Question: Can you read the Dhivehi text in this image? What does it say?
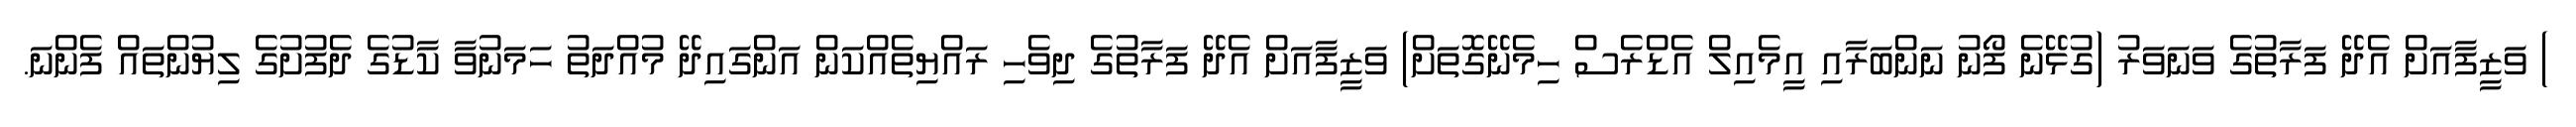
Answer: ) ވަޒީފާއަށް އެދޭ ފަރާތުގެ ވަނަވަރު (ގުޅޭނެ ފޯނު ނަންބަރާއި އީމެއިލް އެޑްރެސް ހިމެނޭގޮތަށް) ވަޒީފާއަށް އެދޭ ފަރާތުގެ ދިވެހި ރައްޔިތެއްކަން އަންގައިދޭ މުއްދަތު ހަމަނުވާ ކާޑުގެ ދެފުށުގެ ލިޔުންތައް ފެންނަ.